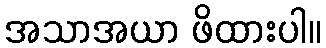
အသာအယာ ဖိထားပါ။